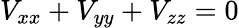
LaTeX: V_{xx}+V_{yy}+V_{zz}=0